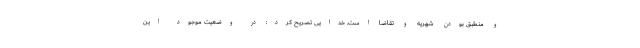
و منطبق بودن شهریه و تقاضا است. خدایی تصریح کرد: در وضعیت موجود این